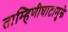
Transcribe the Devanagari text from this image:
ताम्हिणीघाटामुळे